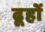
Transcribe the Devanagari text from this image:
ढूहों